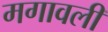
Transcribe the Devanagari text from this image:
मगावली